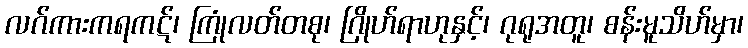
လဂ်ကားကရကဋ်၊ ကြုံလတ်တစု၊ ဂြိုဟ်ရာဟုနှင့်၊ ဂုရုအတူ၊ စန်းမူသိဟ်မှာ၊